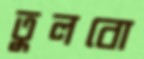
তুলবো